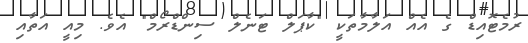
ރުމެޓޮއިޑް ގެ އެއް އަލާމާތަކީ "ކާޕަލް ޓަނެލް ސިންޑްރޯމް" އެވެ. މިއީ އަތާއި